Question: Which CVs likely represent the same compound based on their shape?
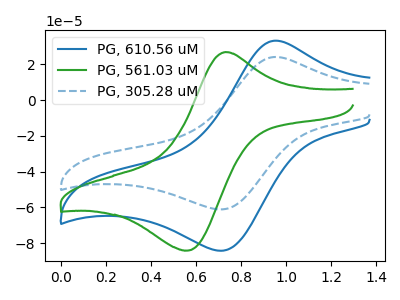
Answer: <think>The blue curve "PG, 610.56 uM" has an anodic peak at (0.95V, 33.20uA) and a cathodic peak at (0.70V, -84.15uA). The green curve "PG, 561.03 uM" has an anodic peak at (0.75V, 26.85uA) and a cathodic peak at (0.55V, -84.15uA). The blue dashed curve "PG, 305.28 uM" has an anodic peak at (0.95V, 24.10uA) and a cathodic peak at (0.70V, -61.05uA).
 "PG, 610.56 uM" and "PG, 561.03 uM" have at least one peak that do not match. All the peaks in "PG, 610.56 uM" have a peak in "PG, 305.28 uM" at the same potential. Every peak in "PG, 610.56 uM" is higher than every peak in "PG, 305.28 uM". "PG, 561.03 uM" and "PG, 305.28 uM" have at least one peak that do not match.</think>
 <answer>"PG, 610.56 uM" and "PG, 305.28 uM" have the same shape and are likely CV's of the same chemical.</answer>
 <eval>"PG, 610.56 uM" "PG, 305.28 uM"</eval>